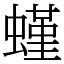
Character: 螼